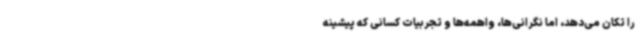
را تکان می‌دهد، اما نگرانی‌ها، واهمه‌ها و تجربیات کسانی که پیشینه